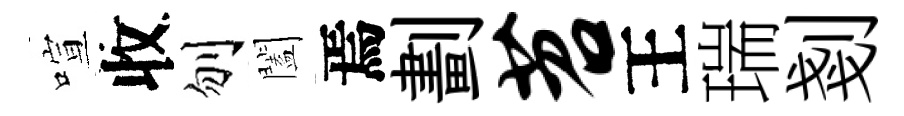
喧收刎闔焉劃苕王瑞剗